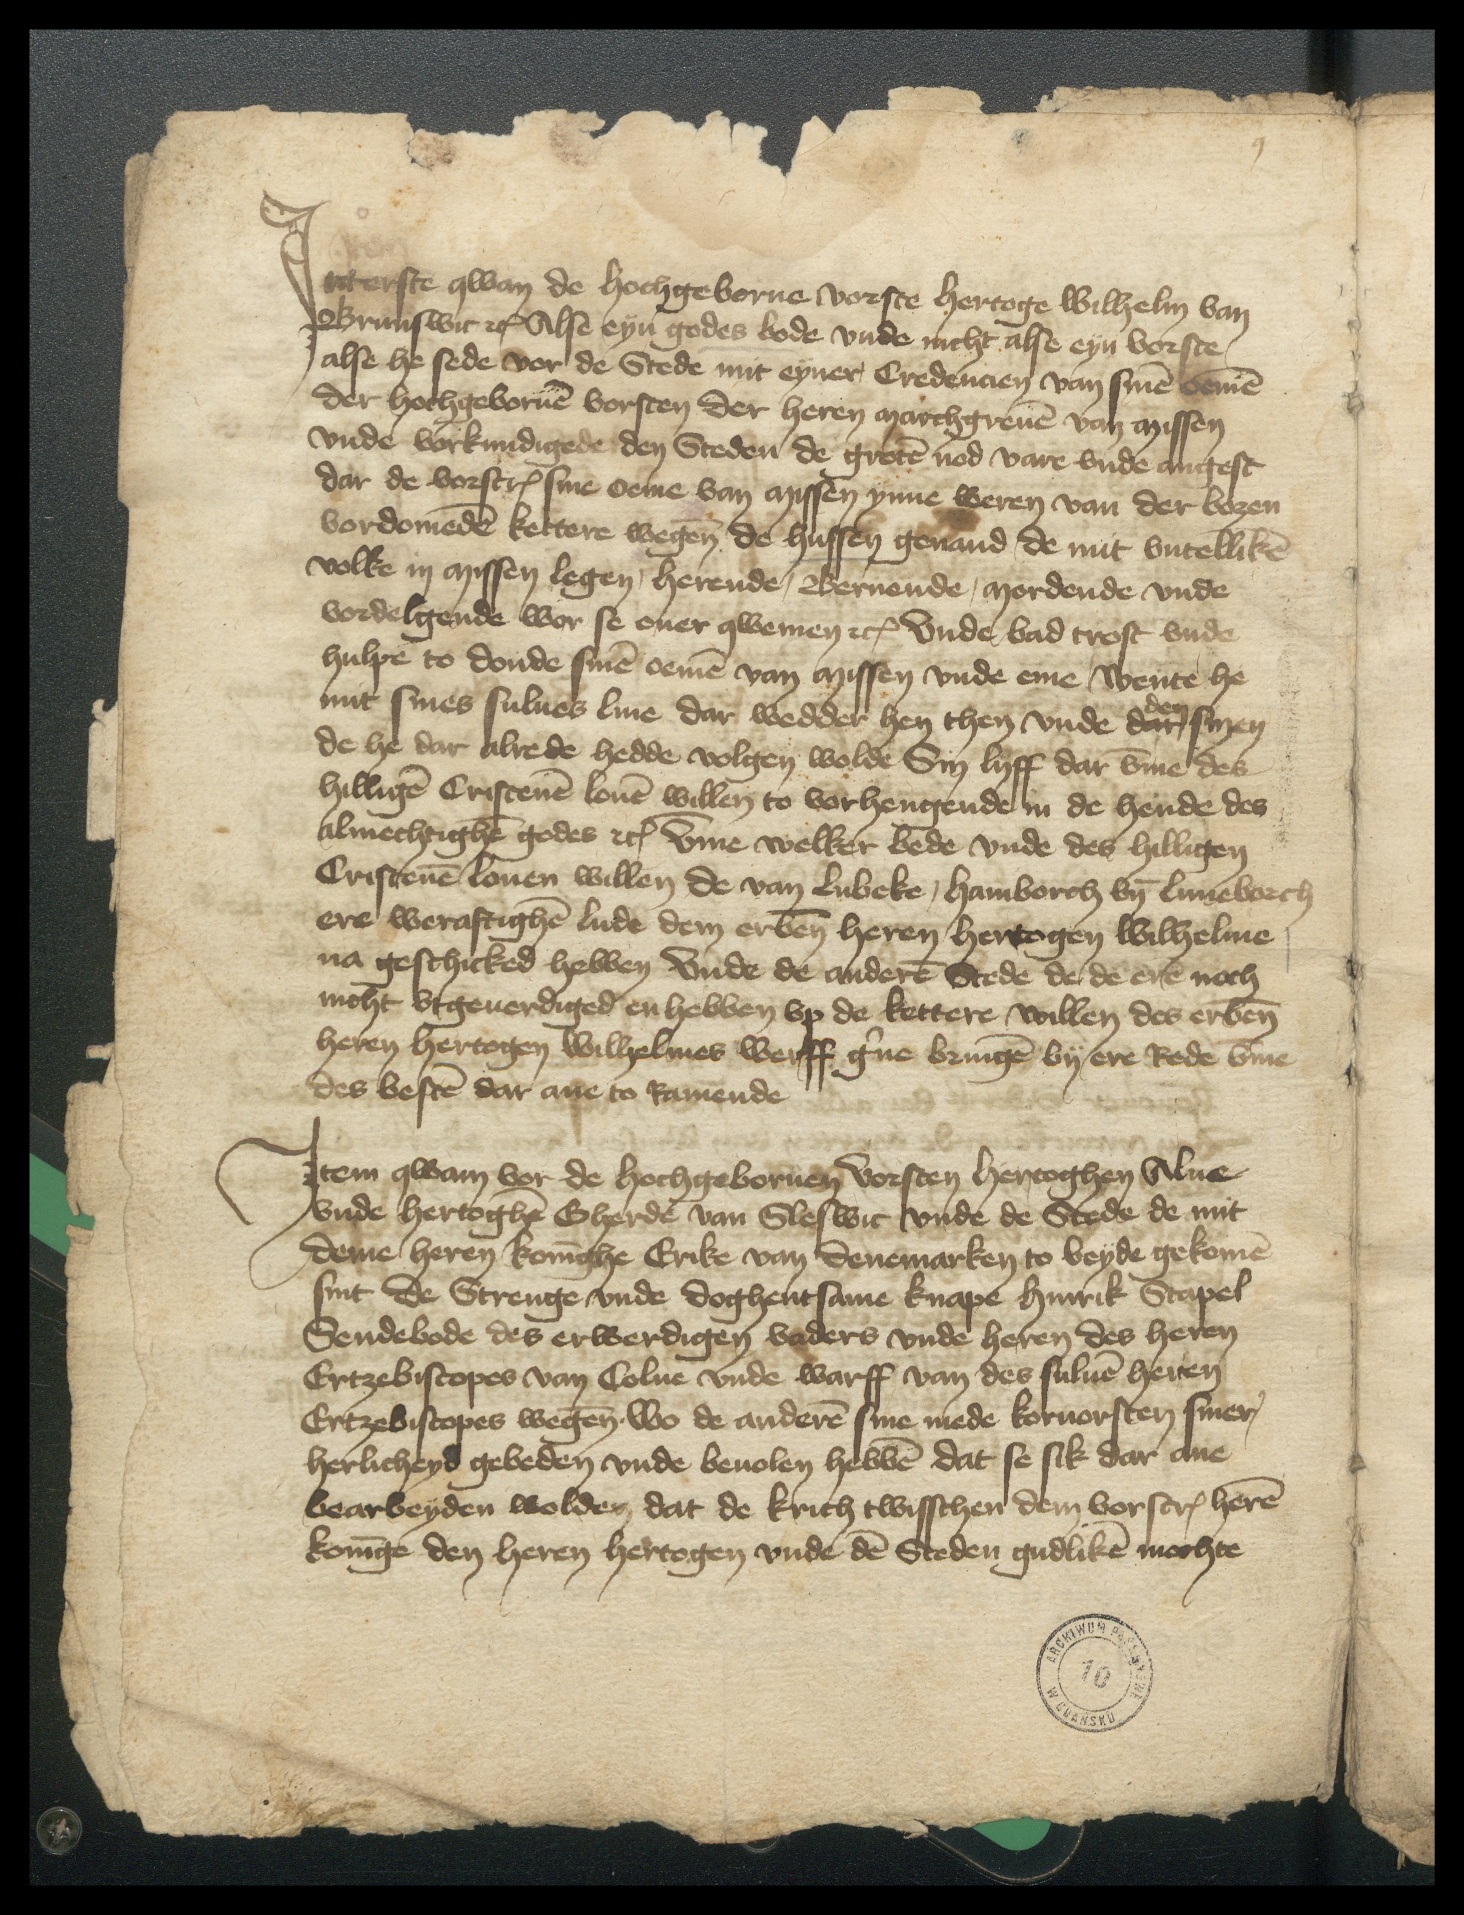
Interste qwan de Hochgeborne vorste Hertoge Wilhelm van
Brunswic etc Alse eyn godes bode vnde nicht alse eyn vorste
alse he sede vor de Stede mit eyner Credencien van sinen oemen
der Hochgebornen vorsten der Heren marchgreuen van Missen
vnde vorkundigede den Steden de groten nod vare vnde angest
dar de vorscreuen sine oeme van Missen ynne weren van der bozen
vordomeden kettere wegenn de hussen genand de mit vntelliken
volke in Missen legen, Herende, Bernende, Mordende vnde
vordelgende wor se ouer qwemen etc Vnde bad trost vnde
Hulpe to donde sinen oemen van Missen vnde eme Wente he
mit sines sulues line dar wedder hen then vnde dat den sinen
de he dar alrede hedde volgen wolde Sin lyff dar vmme des
Hilligen Cristenen louen willen to vorhengende in de Hende des
almechtighen godes etc Vmme welker bede vnde des Hilligen
Cristenen louen willen de van Lubeke, Hamborch vnde Luneborch
ere weraftighen lude dem erbenomeden Heren Hertogen Wilhelme,
na geschicked hebben Vnde de anderen Stede de de eren noch
nicht vtgeuerdiged en hebben vp de kettere willen des erbenomeden
Heren Hertogen Wilhelmes Werff gerne bringen by ere Rede vmme
des besten dar ane to Ramende

Item qwam vor de Hochgebornen Vorsten Hertoghen Alne
vnde Hertoghen Gherde van Sleswic vnde de Stede de mit
deme Heren Koninghe Erike van Denemarken to beyde gekomen
sint de Strenge vnde doghentsame Knape Hinrik Stapel
Sendebode des erwerdigen vaders vnde heren des heren
Ertzebiscopes van Colne vnde Warff van des suluen heren
Ertzebiscopes wegenn. Wo de anderen sine mede koruorsten siner
Herlicheyd gebeden vnde beuolen hebben dat se sik dar ane
bearbeyden wolden, dat de krich twisschen dem vorscreuen heren
koninge den Heren hertogen vnde den Steden gudliken mochte